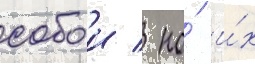
собои / но́ и́х